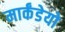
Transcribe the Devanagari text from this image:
मार्कंडेयो